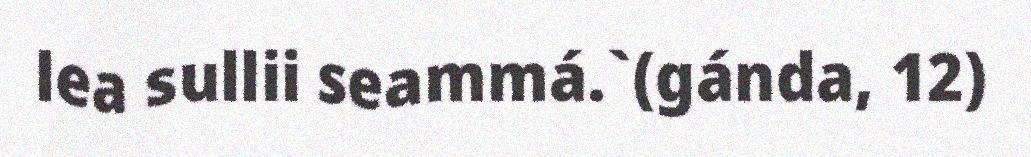
lea sullii seammá.`(gánda, 12)